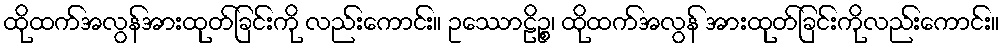
ထိုထက်အလွန်အားထုတ်ခြင်းကို လည်းကောင်း။ ဥဿောဠိဉ္စ၊ ထိုထက်အလွန် အားထုတ်ခြင်းကိုလည်းကောင်း။